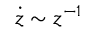
\dot { z } \sim z ^ { - 1 }